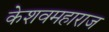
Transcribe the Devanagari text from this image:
केशवमहाराज